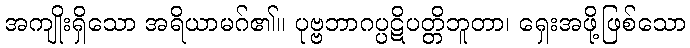
အကျိုးရှိသော အရိယာမဂ်၏။ ပုဗ္ဗဘာဂပ္ပဋိပတ္တိဘူတာ၊ ရှေးအဖို့ဖြစ်သော